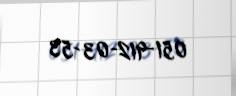
051-912-03-53